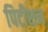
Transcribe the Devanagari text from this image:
पिटीशन